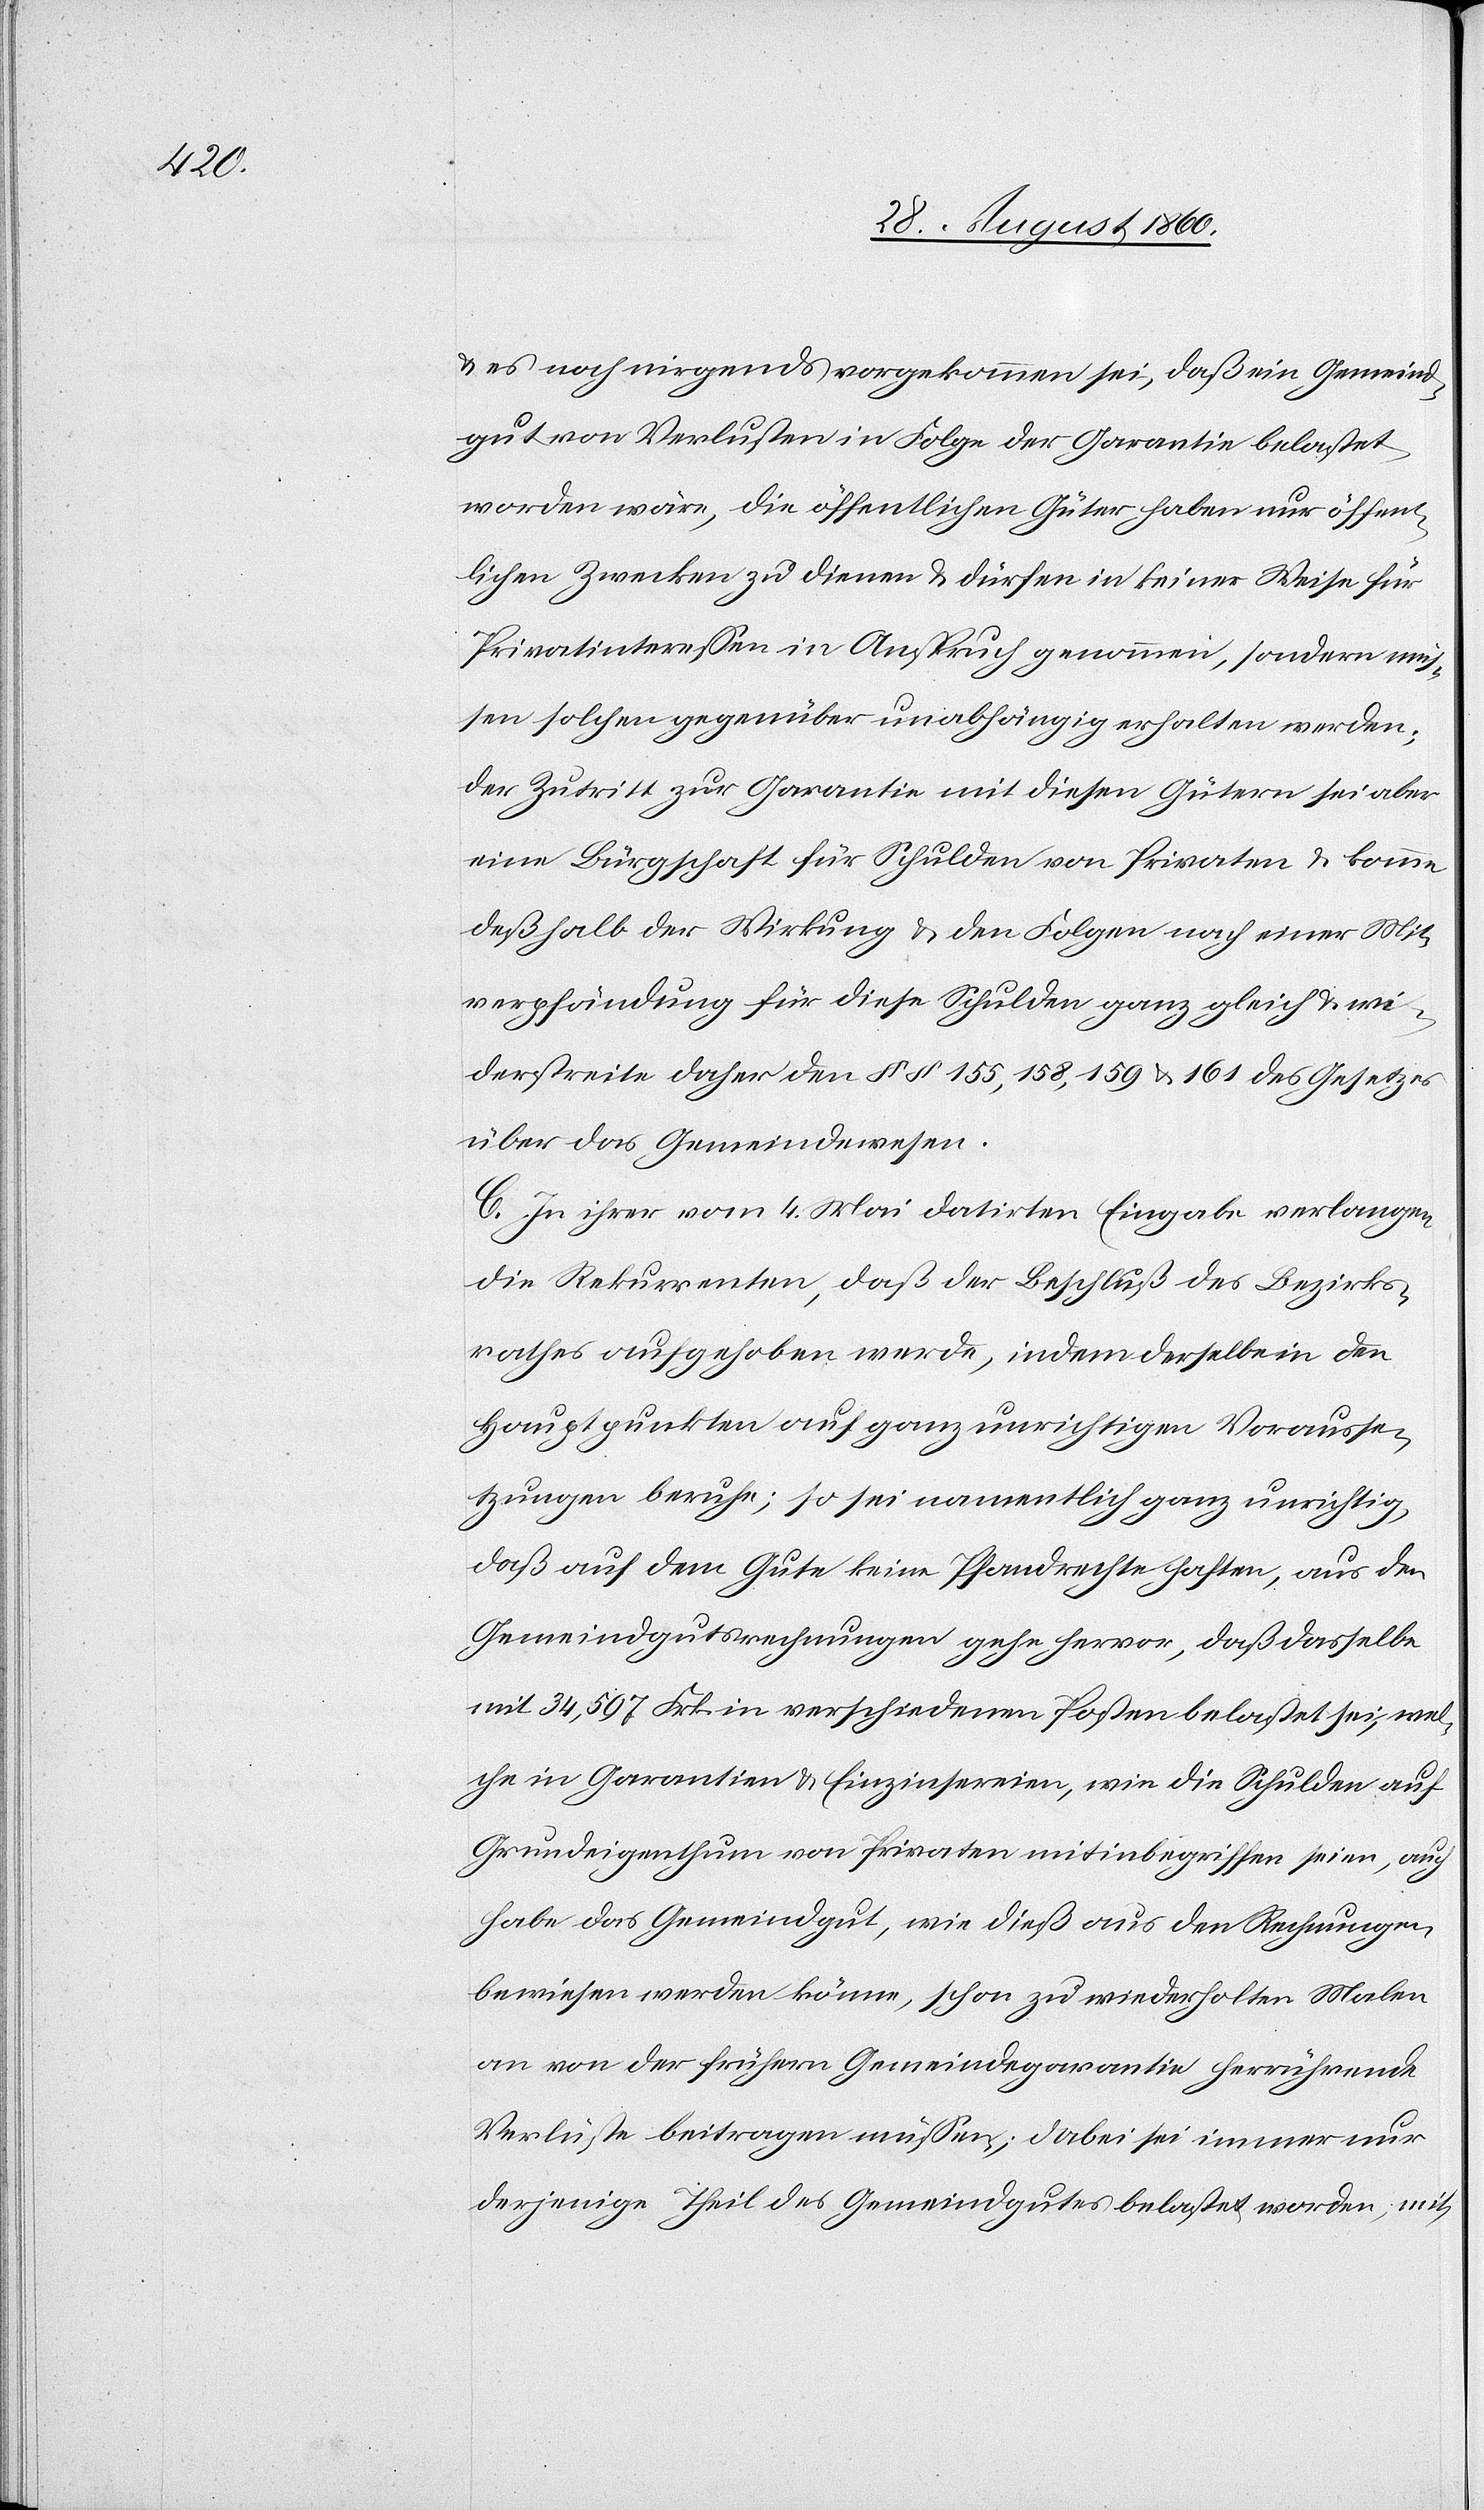
Gemein¬

gut von Verlusten in Folge der Garantie belastet
worden wäre, die öffentlichen Güter haben nur öffen¬
tlichen Zwecken zu dienen u. dürfen in keiner Weise für
Privatinteressen in Anspruch genommen, sondern müs¬
sen solchen gegenüber unabhängig erhalten werden;
der Zutritt zur Garantie mit diesen Gütern sei aber
eine Bürgschaft für Schulden von Privaten u. komme
deshalb der Wirkung u. den Folgen nach einer Mit¬
verpfändung für diese Schulden ganz gleich u. wi¬
derstreite daher den §§. 155, 158, 159 u. 161 des Gesetzes
über das Gemeindewesen.
C. In ihrer vom 4t Mai datirten Eingabe verlangen
die Rekurrenten, dass der Beschluss des Bezirks¬
rathes aufgehoben werde, indem derselbe in den
Hauptpunkten auf ganz unrichtigen Vorausse¬
tzungen beruhe, so sei namentlich ganz unrichtig,
dass auf dem Gute keine Pfandrechte haften, aus den
Gemeindgutsrechnungen gehe hervor, dass dasselbe
mit 34,597 Frk. in verschiedenen Posten belastet sei, wel¬
che in Garantien u. Einzinsereien, wie die Schulden auf
Grundeigenthum von Privaten, mit inbegriffen seien, auch
habe das Gemeindgut, wie diess aus den Rechnungen
bewiesen werden könne, schon zu wiederholten Malen
an von der frühern Gemeindegarantie herrührende
Verlüste beitragen müssen; dabei sei immer nur
derjenigen Theil des Gemeindgutes belastet worden, mit